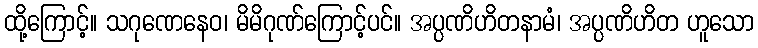
ထို့ကြောင့်။ သဂုဏေနေဝ၊ မိမိဂုဏ်ကြောင့်ပင်။ အပ္ပဏိဟိတနာမံ၊ အပ္ပဏိဟိတ ဟူသော